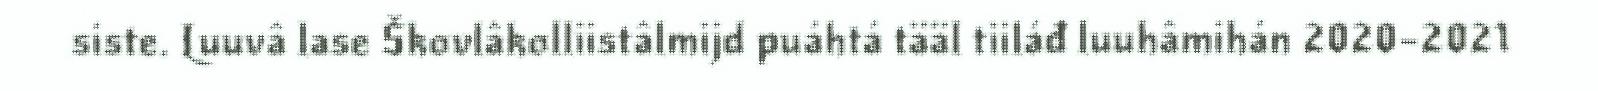
siste. Luuvâ lase Škovlâkolliistâlmijd puáhtá tääl tiiláđ luuhâmihán 2020–2021